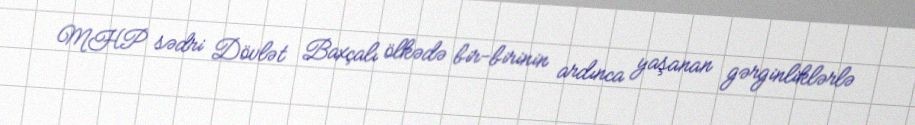
MHP sədri Dövlət Baxçalı ölkədə bir-birinin ardınca yaşanan gərginliklərlə